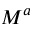
M ^ { a }